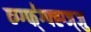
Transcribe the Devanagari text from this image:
व्ग्ग्फ्॑ग्फ्ह्ग्ज्जु